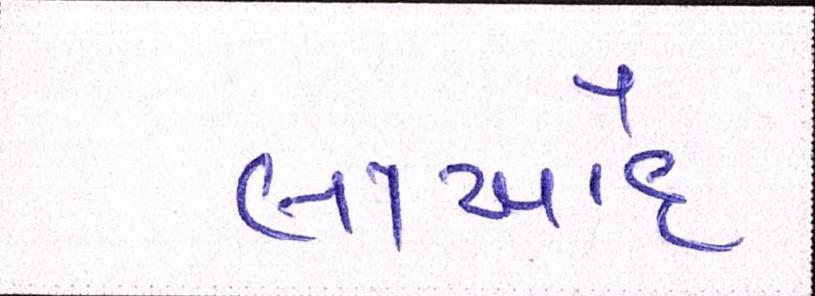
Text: લાખોંદ